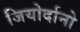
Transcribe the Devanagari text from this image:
जियोर्दानो